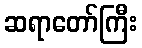
ဆရာတော်ကြီး